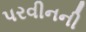
પરવીનની